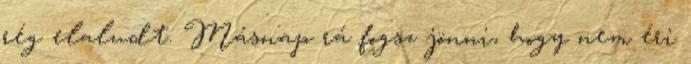
rég elaludt. Másnap rá fogsz jönni, hogy nem éri